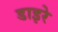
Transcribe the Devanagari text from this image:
डाइरे